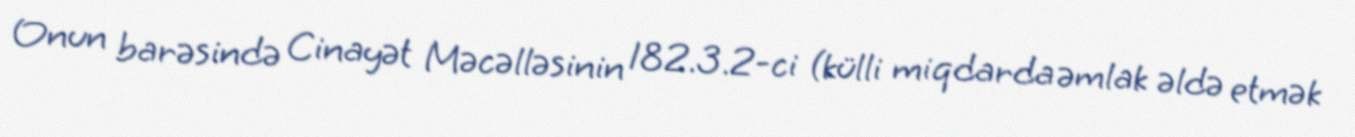
Onun barəsində Cinayət Məcəlləsinin 182.3.2-ci (külli miqdarda əmlak əldə etmək